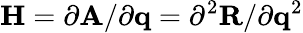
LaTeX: \mathbf{H}={\partial\mathbf{A}}/{\partial\mathbf{q}}={\partial^{2}\mathbf{R}}/{\partial\mathbf{q}^{2}}